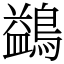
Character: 鷁